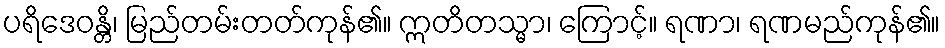
ပရိဒေဝန္တိ၊ မြည်တမ်းတတ်ကုန်၏။ ဣတိတသ္မာ၊ ကြောင့်။ ရဏာ၊ ရဏမည်ကုန်၏။